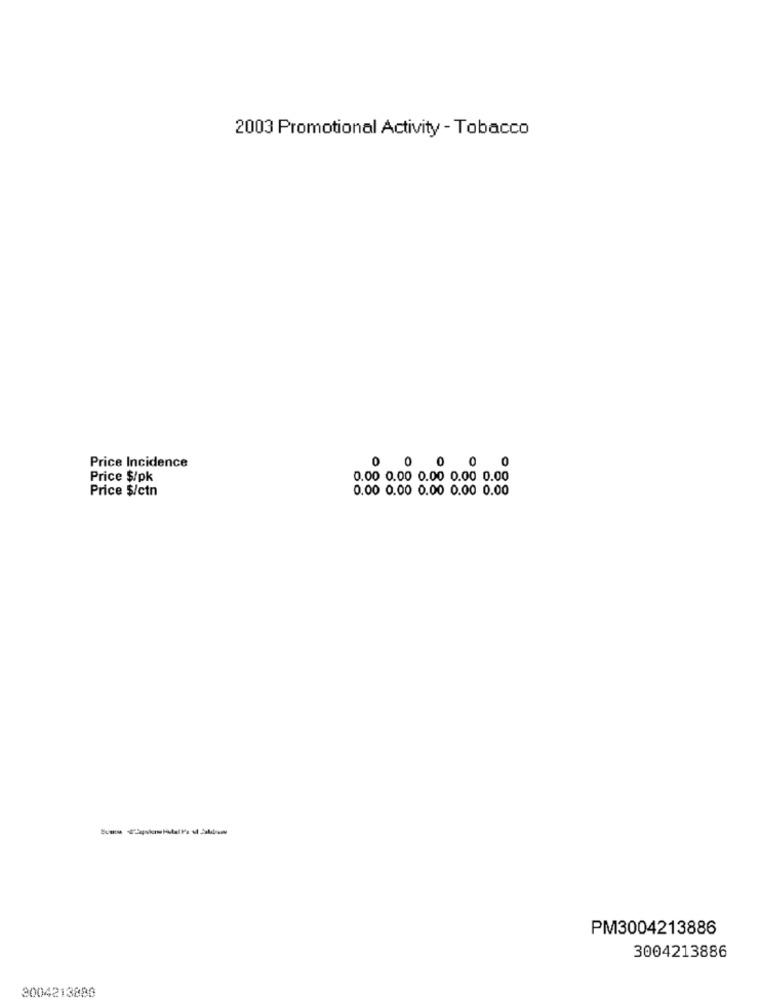
2003 Promotional Activity - Tobacco
Price Incidence
0 0 00 0
Price $/pk
0.00 0.00 0.00 0.00 0.00
Price $/ctn
0.00 0.00 0.00 0.00 0.00
PM3004213886
3004213886
3004213880